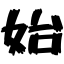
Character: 始